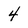
Character: 4